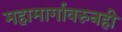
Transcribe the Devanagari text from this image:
महामार्गावरुनही